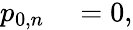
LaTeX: \begin{array}{rl}{p_{0,n}}&{{}=0,}\end{array}